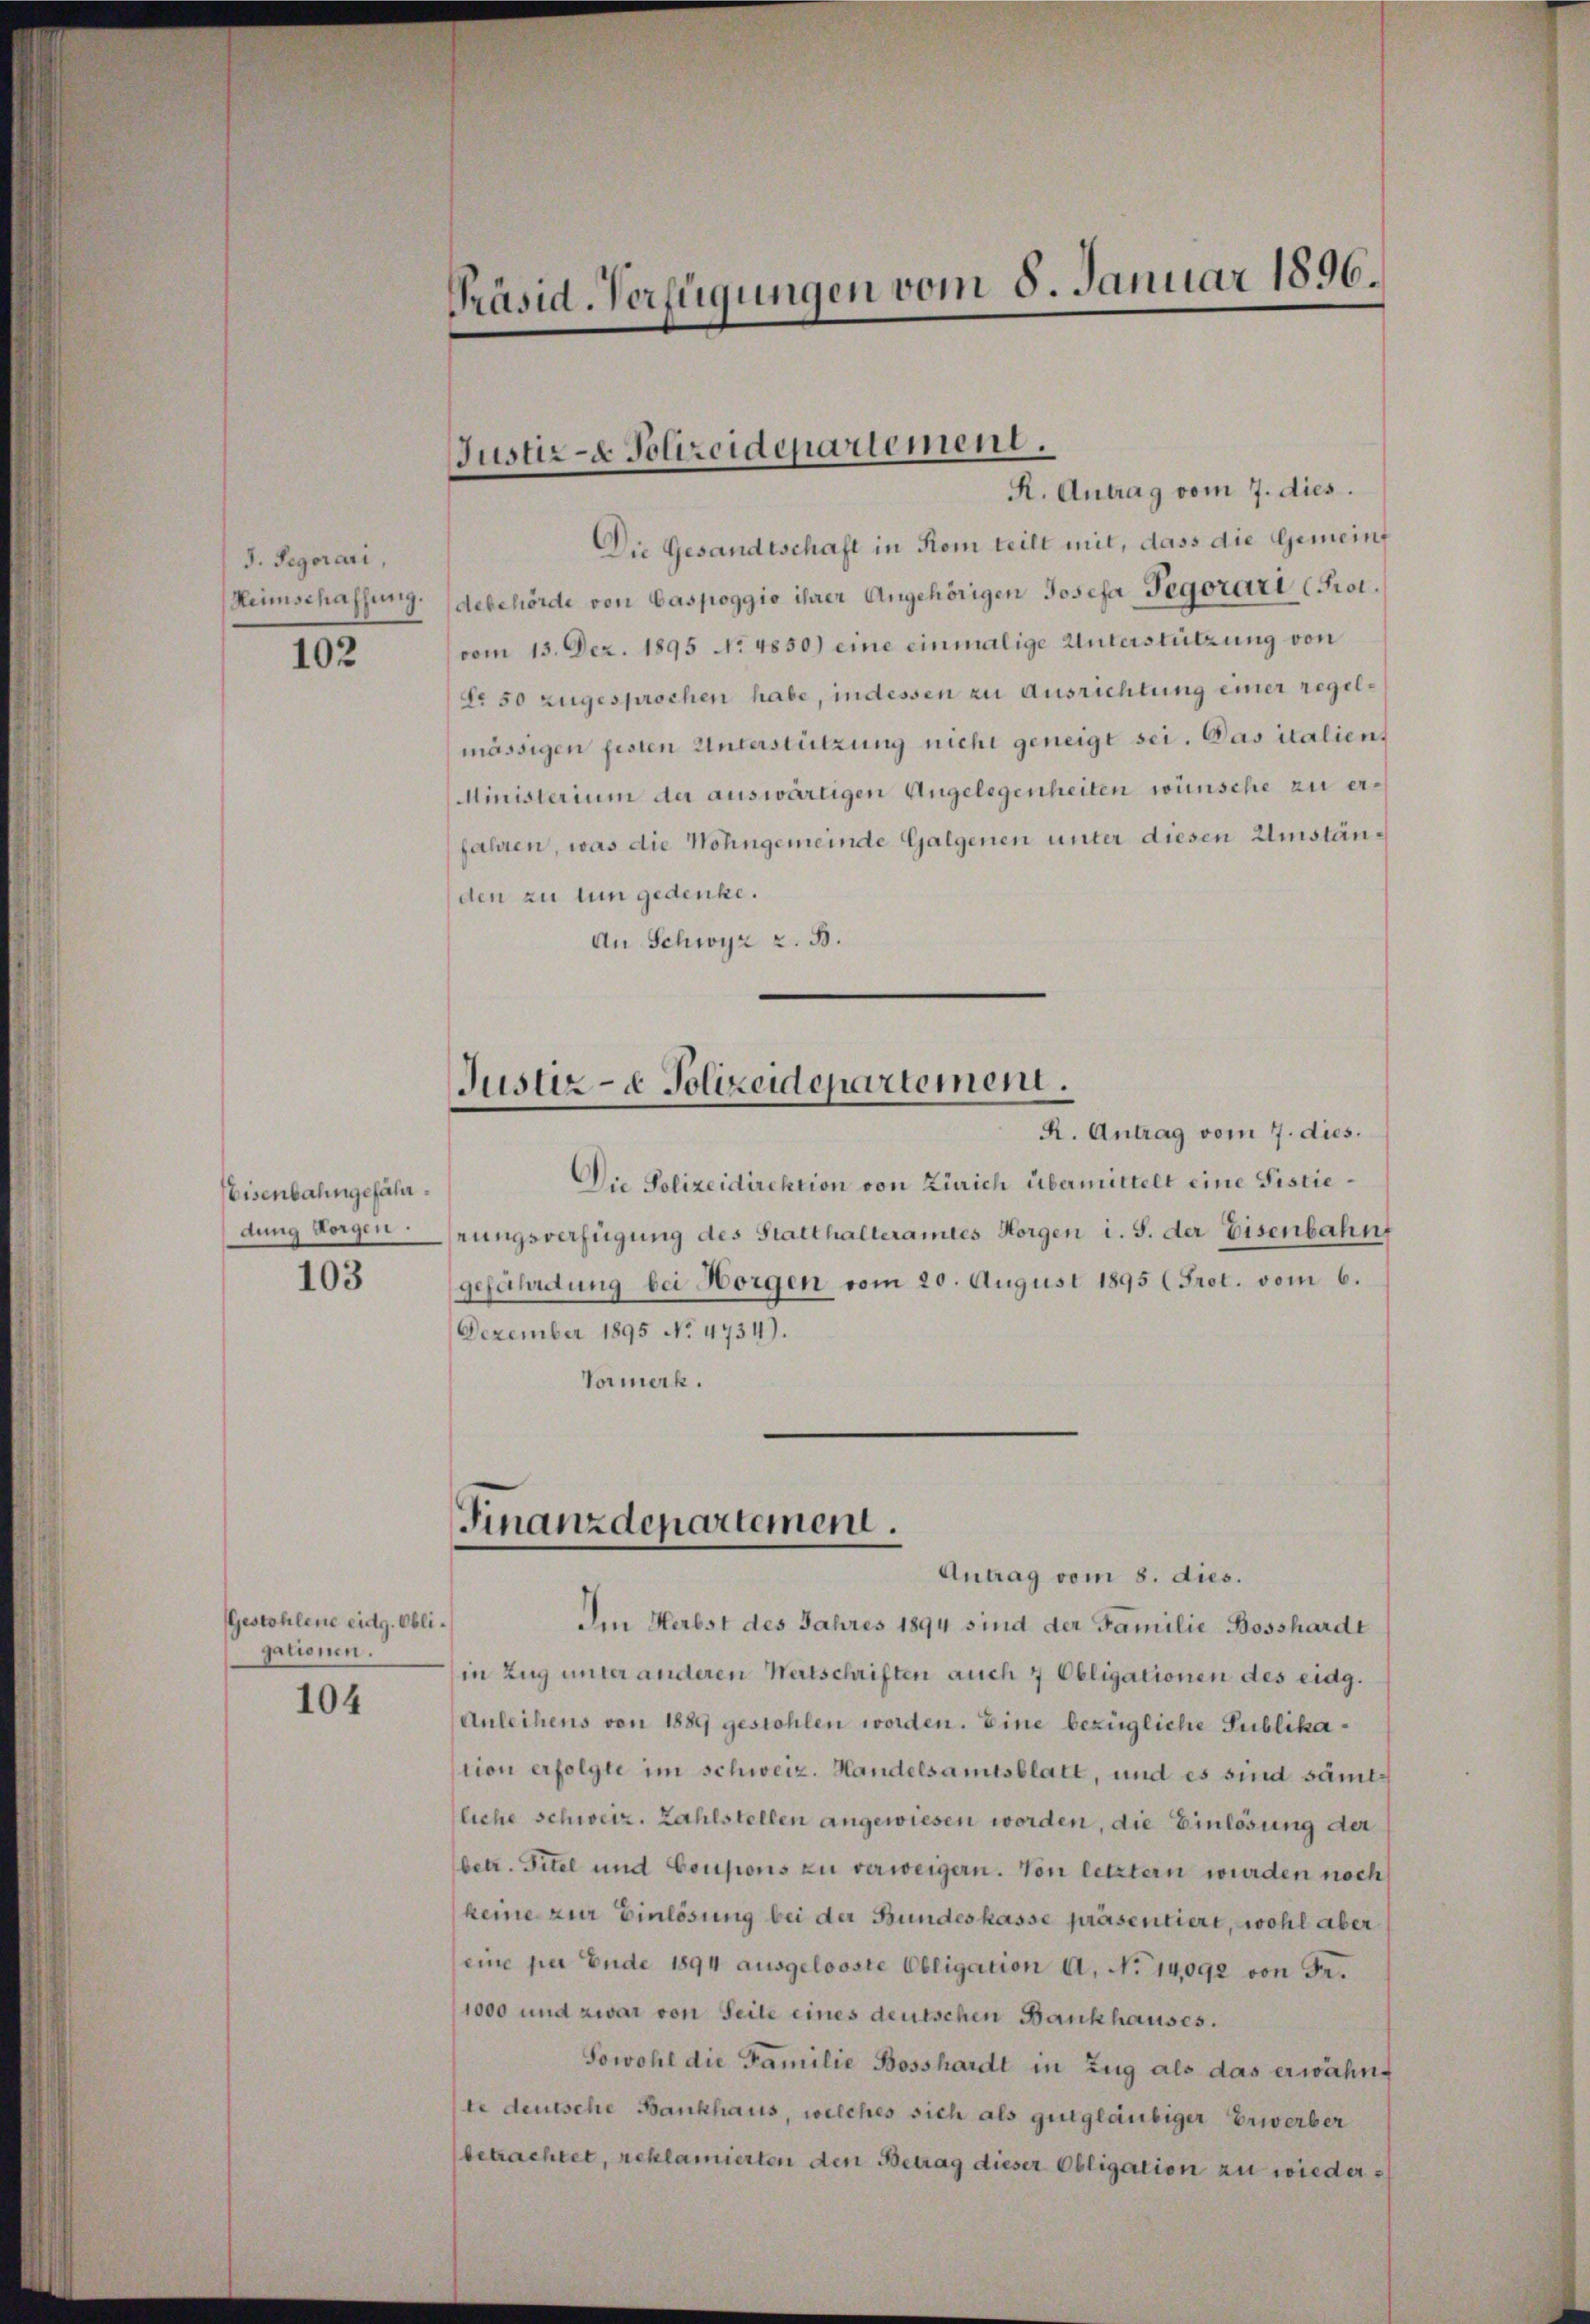
J. Pegorari,
Heimschaffung.

102

Eisenbahngefährdung Sorgen.

103

Gestohlene eidg. Obliganenen.

104

Präsid. Verfügungen vom 8. Januar 1896.

Justiz- & Polizeidepartement.

Justiz- & Polizeidepartement.

R. Antrag vom 7. dies.
Die Polizeidirektion von Zürich übermittelt eine Sistierungsverfügung des Statthalteramtes Horgen i. S. der Eisenbahnt
gefährdung bei Horgen vom 20. August 1895 (Prot. vom 6.
Dezember 1895 No 4734).
Vormerk.

R. Antrag vom 7. dies.
Die Gesandtschaft in Rom teilt mit, dass die Gemeindebehörde von Caspoggio ihrer Angehörigen Josefa Pegorari (Prot.
vom 13. Dez. 1895 No 4850) eine einmalige Unterstützung von
Nr 50 zugesprochen habe, indessen zu Ausrichtung einer regelmässigen festen Unterstützung nicht geneigt sei. Das italient
Ministerium der auswärtigen Angelegenheiten wünsche zu er¬
Jahren, was die Wohngemeinde Galgenen unter diesen Umständen zu tun gedenke.
An Schwyz z. B.

Finanzdepartement.
Antrag vom 8. dies.

Im Herbst des Jahres 1894 sind der Familie Bosshardt
in Zug unter anderen Wertschriften auch 7 Obligationen des eidg.
Anleihens von 1889 gestohlen worden. Eine bezügliche Publikation erfolgte im schweiz. Handelsamtsblatt, und es sind sämtliche schweiz. Zahlstellen angewiesen worden, die Einlösung der
betr. Titel und Coupons zu verweigern. Von letztern wurden noch
keine zur Einlösung bei der Bundeskasse präsentiert, wohl aber
eine per Ende 1894 ausgelooste Obligation A. No 14092 von Fr.
1000 und zwar von Seile eines deutschen Bankhauses.
Sowohl die Familie Bosshardt in Zug als das erwähnte deutsche Bankhaus, welches sich als gutgläubiger Erwerber
betrachtet, reklamierten den Betrag dieser Obligation zu wieder¬